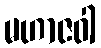
မဟာဇဝါ